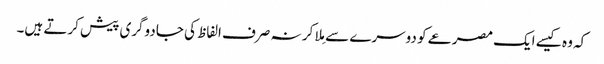
کہ وہ کیسے ایک مصرعے کو دوسرے سے مِلا کر نہ صرف الفاظ کی جادوگری پیش کرتے ہیں۔